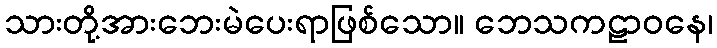
သားတို့အားဘေးမဲပေးရာဖြစ်သော။ ဘေသကဠာဝနေ၊